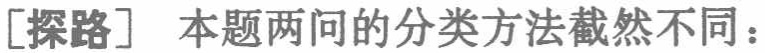
[探路] 本题两问的分类方法截然不同：